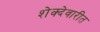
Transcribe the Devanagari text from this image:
शेक्देवारीत